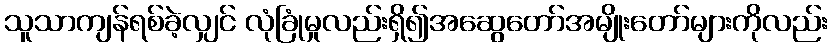
သူသာကျန်ရစ်ခဲ့လျှင် လုံခြုံမှုလည်းရှိ၍အဆွေတော်အမျိုးတော်များကိုလည်း